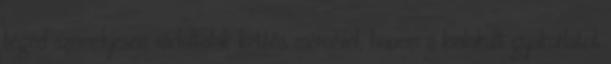
téged személyesen vádoltalak kettős mércével, hanem a kialakult gyakorlatot